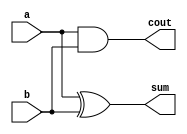
`timescale 1ns / 1ps
//////////////////////////////////////////////////////////////////////////////////
// Company: 
// Engineer: 
// 
// Design Name: 
// Module Name: ha
// Project Name: 
// Target Devices: 
// Tool Versions: 
// Description: 
// 
// Dependencies: 
// 
// Revision:
// Revision 0.01 - File Created
// Additional Comments:
// 
//////////////////////////////////////////////////////////////////////////////////


module ha(a,b,cout,sum);
input a,b;   
output cout,sum;
xor XOR(sum,a,b); 
and AND(cout,a,b);
endmodule